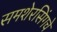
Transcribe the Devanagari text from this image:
समशेरसिंगचे